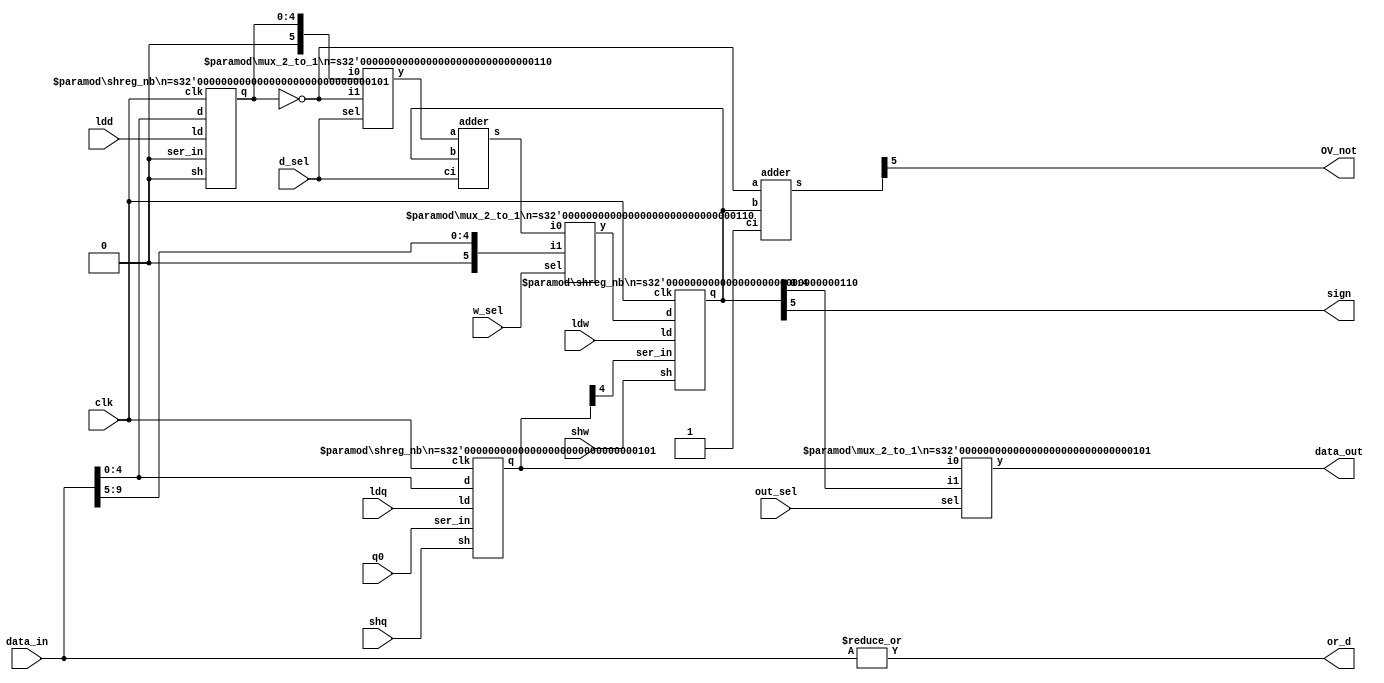
module datapath (data_in,ldd,or_d,OV_not,ldw,shw,ldq,shq,q0,
                  d_sel,w_sel,out_sel,clk,sign,data_out);

    input [9:0] data_in;
    input ldd,ldw,shw,ldq,shq,q0,d_sel,w_sel,out_sel,clk;
    output sign,or_d,OV_not;
    output [4:0] data_out;
    wire [4:0] d,q;
    wire [5:0] w_out,d_out,sum,w_in,dummy;

    shreg_nb #(5) d_reg(data_in[4:0],1'b0,ldd,1'b0,clk,d);//d Register with load
    mux_2_to_1 #(6) mux1({1'b0,d},~{1'b0,d},d_sel,d_out);
    adder add_6b(d_out,w_out,d_sel,sum);
    mux_2_to_1 #(6) mux2(sum,{1'b0,data_in[9:5]},w_sel,w_in);
    shreg_nb #(6) w_reg(w_in,q[4],ldw,shw,clk,w_out);
    shreg_nb #(5) q_reg(data_in[4:0],q0,ldq,shq,clk,q);
    mux_2_to_1 #(5) mux3(q,w_out[4:0],out_sel,data_out);  
    adder add_6b_OV(~{1'b0,d},w_out,1'b1,dummy);

    assign sign=w_out[5];
    assign or_d=|data_in;
    assign OV_not=dummy[5];

endmodule

module mux_2_to_1 #(parameter n=5)(i0,i1,sel,y);
    input [n-1:0] i0,i1;
    input sel;
    output [n-1:0] y;
    assign y=sel?i1:i0;
endmodule

module shreg_nb #(parameter n=6)(d,ser_in,ld,sh,clk,q);
    input [n-1:0] d;
    input ser_in,ld,sh,clk;
    output [n-1:0] q;
    reg [n-1:0] q;
    always@(posedge clk)
        if(ld)
            q<=d;
        else if(sh)
            q<={q[n-2:0],ser_in};
endmodule

module adder (a,b,ci,s);
    input [5:0] a,b;
    input ci;
    output [5:0] s;
    assign s=a+b+ci;
endmodule